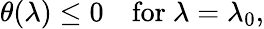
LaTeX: \theta(\lambda)\leq 0~~~~\mathrm{for}~\lambda=\lambda_{0},